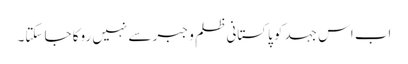
اب اس جہد کو پاکستانی ظلم و جبر سے نہیں روکا جا سکتا۔